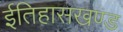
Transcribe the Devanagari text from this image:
ईतिहासखण्ड